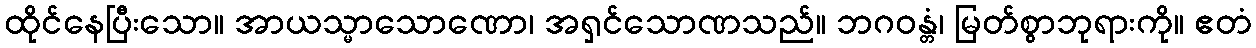
ထိုင်နေပြီးသော။ အာယသ္မာသောဏော၊ အရှင်သောဏသည်။ ဘဂဝန္တံ၊ မြတ်စွာဘုရားကို။ ဧတံ